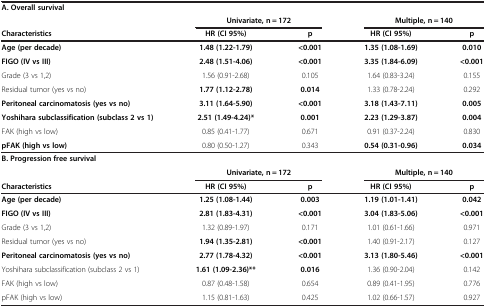
<table><thead><tr><td colspan="5"><b>A. Overall survival</b></td></tr><tr><td><b> </b></td><td colspan="2"><b>Univariate, n = 172</b></td><td colspan="2"><b>Multiple, n = 140</b></td></tr><tr><td><b>Characteristics</b></td><td><b>HR (CI 95%)</b></td><td><b>p</b></td><td><b>HR (CI 95%)</b></td><td><b>p</b></td></tr></thead><tbody><tr><td><b>Age (per decade)</b></td><td><b>1.48 (1.22-1.79)</b></td><td><b>&lt;0.001</b></td><td><b>1.35 (1.08-1.69)</b></td><td><b>0.010</b></td></tr><tr><td><b>FIGO (IV vs III)</b></td><td><b>2.48 (1.51-4.06)</b></td><td><b>&lt;0.001</b></td><td><b>3.35 (1.84-6.09)</b></td><td><b>&lt;0.001</b></td></tr><tr><td>Grade (3 vs 1,2)</td><td>1.56 (0.91-2.68)</td><td>0.105</td><td>1.64 (0.83-3.24)</td><td>0.155</td></tr><tr><td>Residual tumor (yes vs no)</td><td><b>1.77 (1.12-2.78)</b></td><td><b>0.014</b></td><td>1.33 (0.78-2.24)</td><td>0.292</td></tr><tr><td><b>Peritoneal carcinomatosis (yes vs no)</b></td><td><b>3.11 (1.64-5.90)</b></td><td><b>&lt;0.001</b></td><td><b>3.18 (1.43-7.11)</b></td><td><b>0.005</b></td></tr><tr><td><b>Yoshihara subclassification (subclass 2 vs 1)</b></td><td><b>2.51 (1.49-4.24)*</b></td><td><b>0.001</b></td><td><b>2.23 (1.29-3.87)</b></td><td><b>0.004</b></td></tr><tr><td>FAK (high vs low)</td><td>0.85 (0.41-1.77)</td><td>0.671</td><td>0.91 (0.37-2.24)</td><td>0.830</td></tr><tr><td><b>pFAK (high vs low)</b></td><td>0.80 (0.50-1.27)</td><td>0.343</td><td><b>0.54 (0.31-0.96)</b></td><td><b>0.034</b></td></tr><tr><td colspan="5"><b>B. Progression free survival</b></td></tr><tr><td> </td><td colspan="2"><b>Univariate, n = 172</b></td><td colspan="2"><b>Multiple, n = 140</b></td></tr><tr><td><b>Characteristics</b></td><td><b>HR (CI 95%)</b></td><td><b>p</b></td><td><b>HR (CI 95%)</b></td><td><b>p</b></td></tr><tr><td><b>Age (per decade)</b></td><td><b>1.25 (1.08-1.44)</b></td><td><b>0.003</b></td><td><b>1.19 (1.01-1.41)</b></td><td><b>0.042</b></td></tr><tr><td><b>FIGO (IV vs III)</b></td><td><b>2.81 (1.83-4.31)</b></td><td><b>&lt;0.001</b></td><td><b>3.04 (1.83-5.06)</b></td><td><b>&lt;0.001</b></td></tr><tr><td>Grade (3 vs 1,2)</td><td>1.32 (0.89-1.97)</td><td>0.171</td><td>1.01 (0.61-1.66)</td><td>0.971</td></tr><tr><td>Residual tumor (yes vs no)</td><td><b>1.94 (1.35-2.81)</b></td><td><b>&lt;0.001</b></td><td>1.40 (0.91-2.17)</td><td>0.127</td></tr><tr><td><b>Peritoneal carcinomatosis (yes vs no)</b></td><td><b>2.77 (1.78-4.32)</b></td><td><b>&lt;0.001</b></td><td><b>3.13 (1.80-5.46)</b></td><td><b>&lt;0.001</b></td></tr><tr><td>Yoshihara subclassification (subclass 2 vs 1)</td><td><b>1.61 (1.09-2.36)**</b></td><td><b>0.016</b></td><td>1.36 (0.90-2.04)</td><td>0.142</td></tr><tr><td>FAK (high vs low)</td><td>0.87 (0.48-1.58)</td><td>0.654</td><td>0.89 (0.41-1.95)</td><td>0.776</td></tr><tr><td>pFAK (high vs low)</td><td>1.15 (0.81-1.63)</td><td>0.425</td><td>1.02 (0.66-1.57)</td><td>0.927</td></tr></tbody></table>